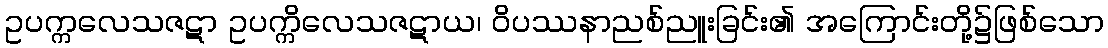
ဥပက္ကလေသဇဋာ ဥပက္ကိလေသဇဋာယ၊ ဝိပဿနာညစ်ညူးခြင်း၏ အကြောင်းတို့၌ဖြစ်သော